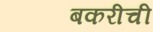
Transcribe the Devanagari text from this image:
बकरीची